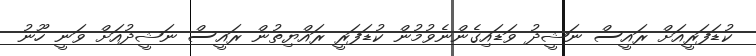
ކުޑަފަރީއަށް ރައީސް ނަޝީދު ވަޑައިގެންނެވުމުން ކުޑަފަރީ ރައްޔިތުން ރައީސް ނަޝީދުއަށް ވަނީ ހޫނު